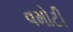
વમોટી